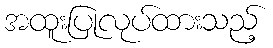
အထူးပြုလုပ်ထားသည့်